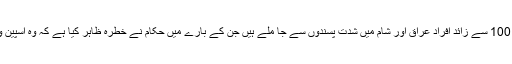
واضح رہے کہ اسپین سے 100 سے زائد افراد عراق اور شام میں شدت پسندوں سے جا ملے ہیں جن کے بارے میں حکام نے خطرہ ظاہر کیا ہے کہ وہ اسپین واپس آکر حملے کریں گے۔